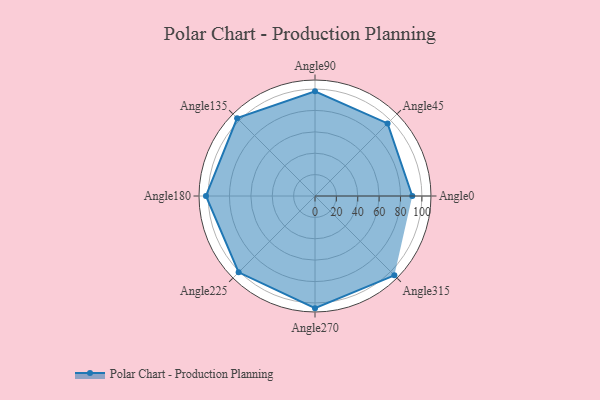
{"axis": {"x": "Angle", "y": "Radius"}, "legend": [""], "data": [{"x": "Angle0", "y": 91.0, "type": ""}, {"x": "Angle45", "y": 96.0, "type": ""}, {"x": "Angle90", "y": 98.0, "type": ""}, {"x": "Angle135", "y": 103.0, "type": ""}, {"x": "Angle180", "y": 102.0, "type": ""}, {"x": "Angle225", "y": 101.0, "type": ""}, {"x": "Angle270", "y": 105.0, "type": ""}, {"x": "Angle315", "y": 105.0, "type": ""}]}